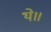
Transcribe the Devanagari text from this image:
थे॥